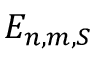
E _ { n , m , S }